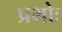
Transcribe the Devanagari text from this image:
प्रभोः